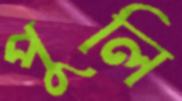
পুলি